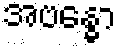
အဗန္ဓော